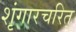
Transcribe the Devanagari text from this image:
शृंगारचरित्